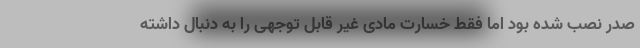
صدر نصب شده بود اما فقط خسارت مادی غیر قابل توجهی را به دنبال داشته